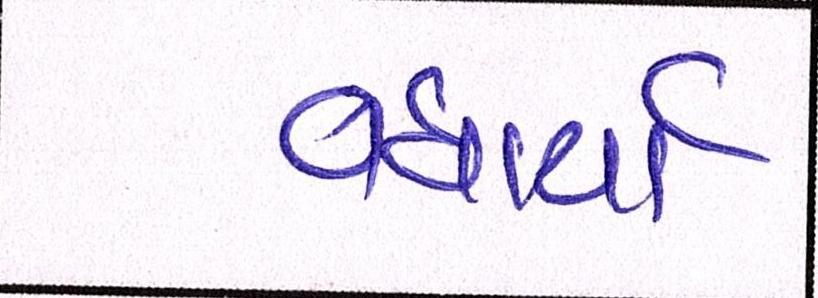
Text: વધાર્યો